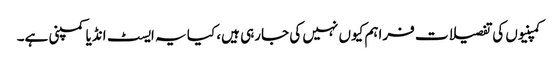
کمپنیوں کی تفصیلات فراہم کیوں نہیں کی جارہی ہیں، کیا یہ ایسٹ انڈیا کمپنی ہے۔